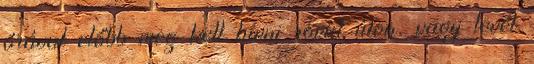
órával előbb meg kell hívni rövid úton, vagy levél